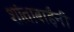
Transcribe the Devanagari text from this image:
शांताबार्इंनी